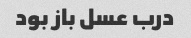
درب عسل باز بود